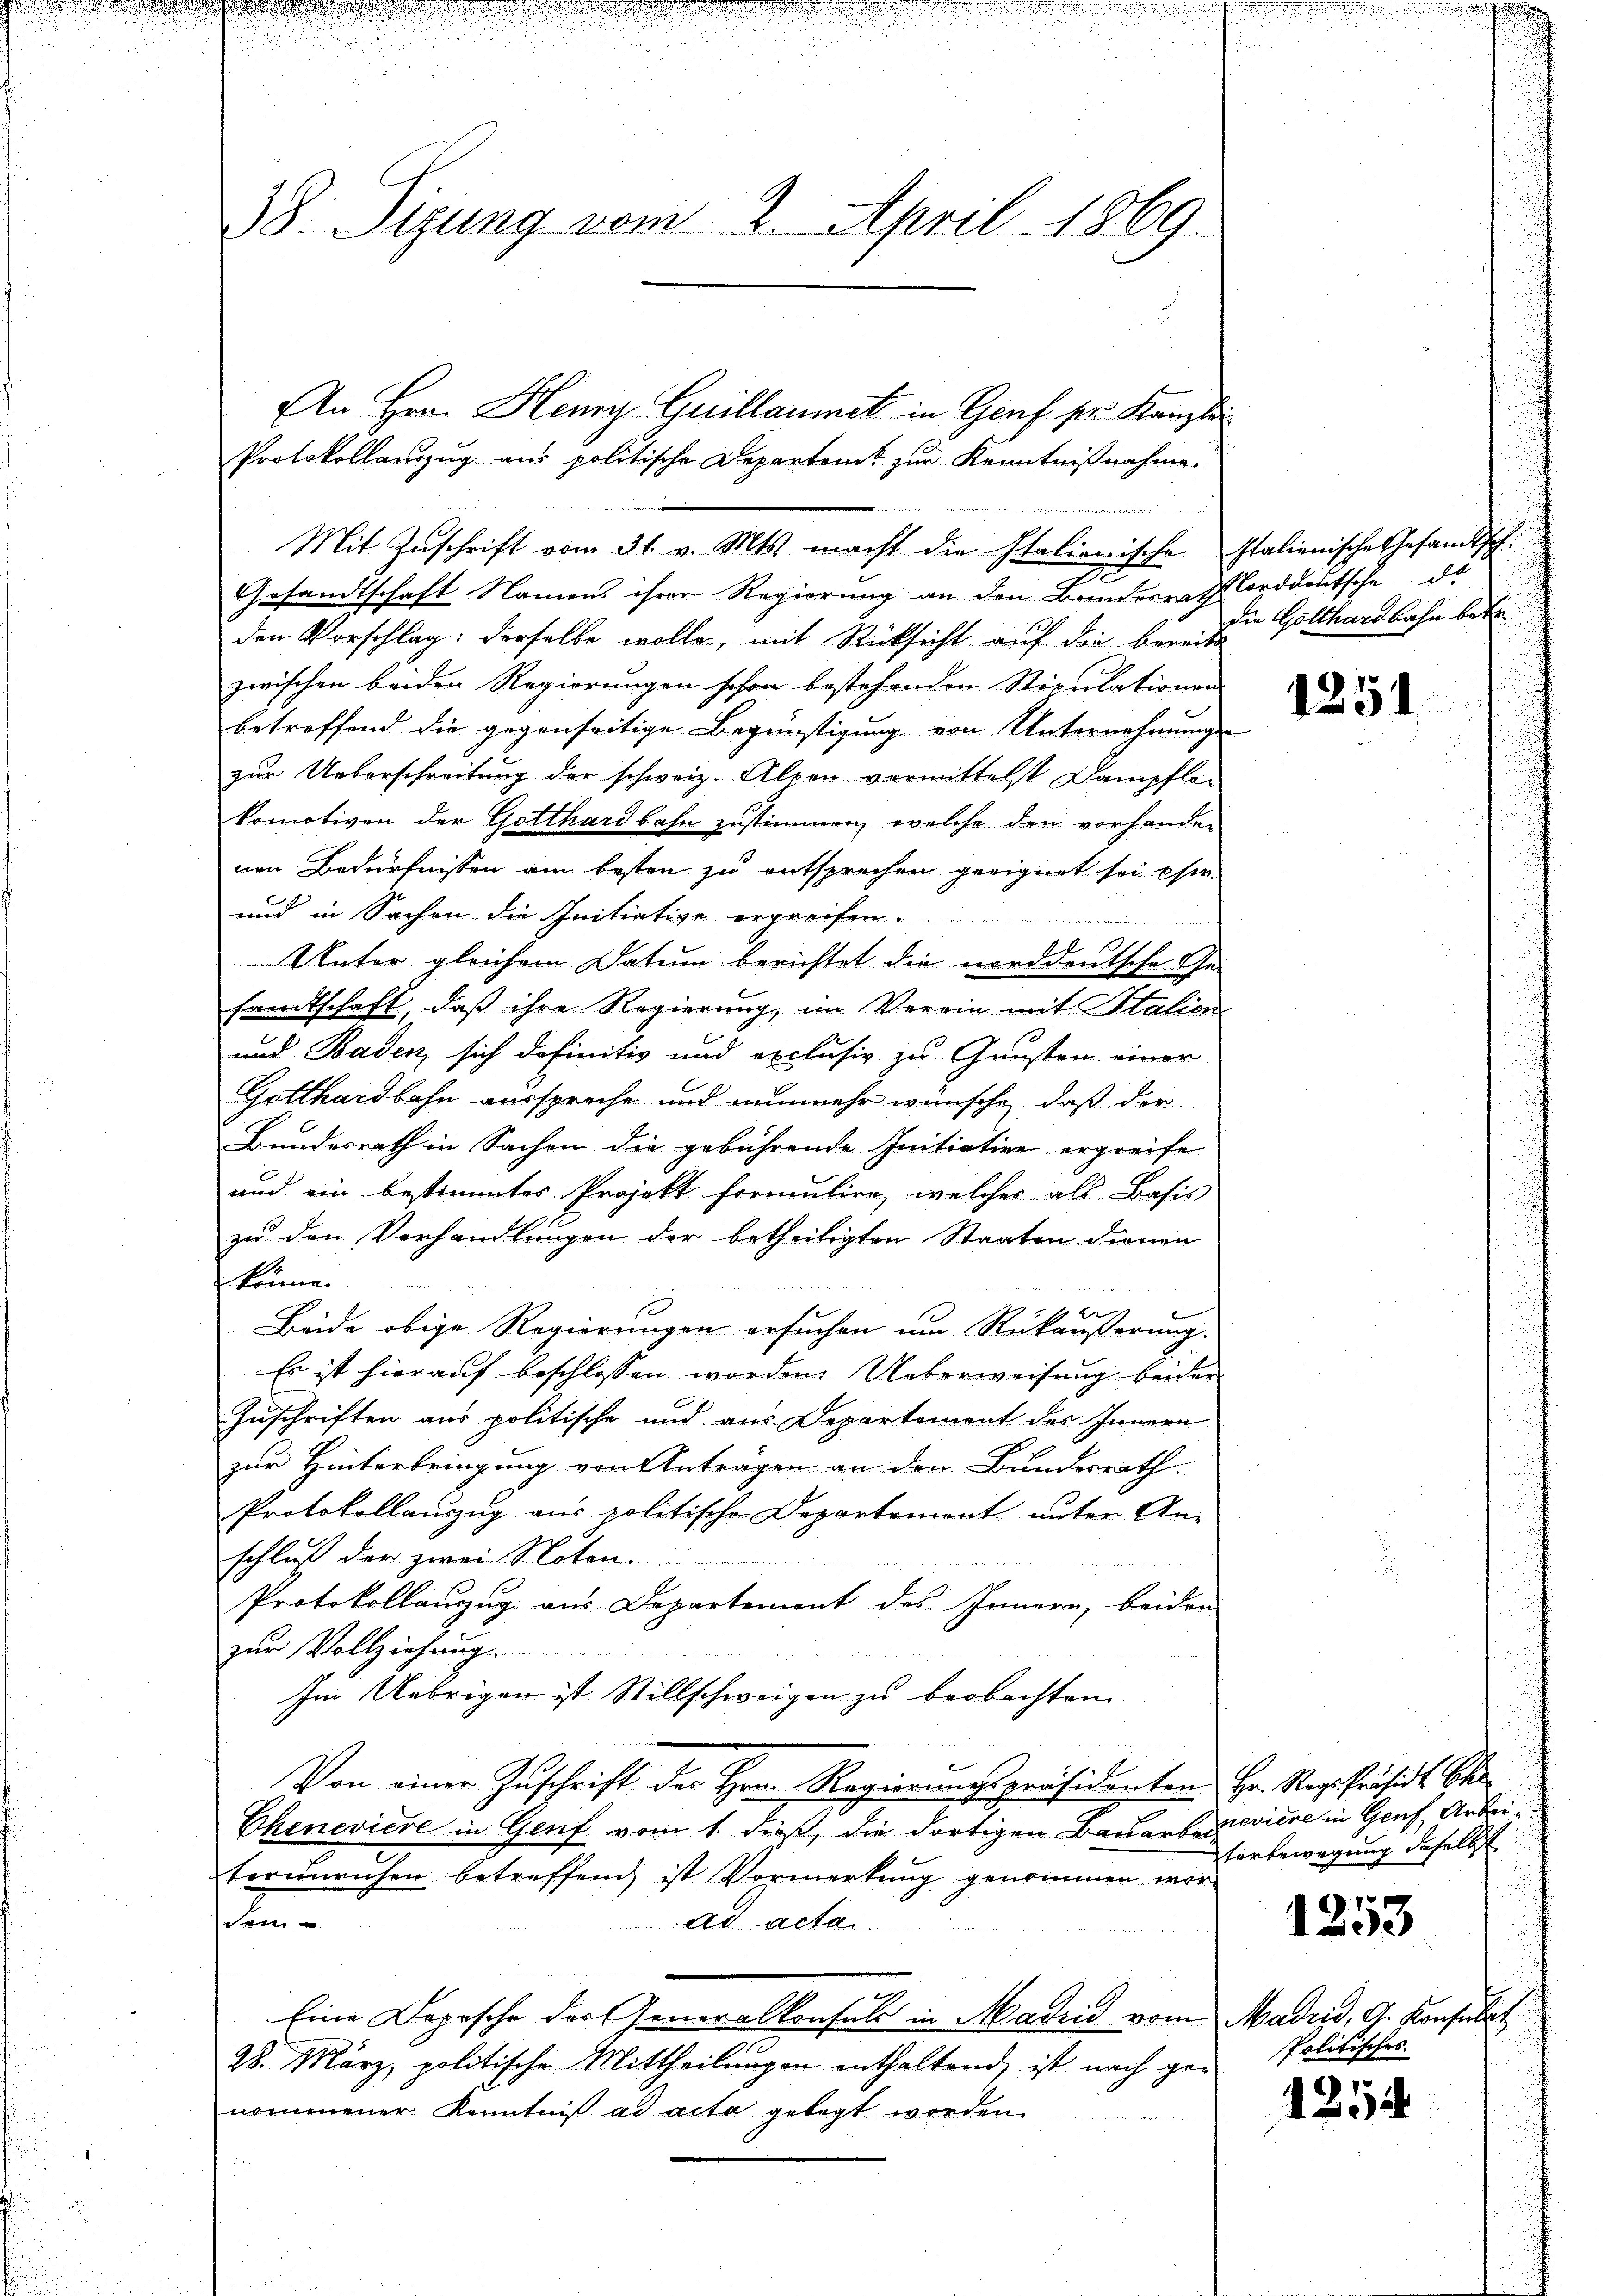
38. Sizung vom 2. April 1869.

Protokollauszug aus politische Departen zur Kenntnißnahme.
Mit Zuschrift vom 31. v. Mts. macht die Italionische
.
Gesandtschaft Namens ihrer Regierung an den Bundesrath
den Vorschlag: derselbe wolle, mit Rücksicht auf die bereit
zwischen beiden Regierungen schon bestehenden Stipulationen
betreffend die gegenseitige Begünstigung von Unternehmung
zur Ueberschreitung der schweiz. Alpen vormittelst Dampfle-
komotiven der Gotthardbahn zustimmen, welche den vorhander-
nen Bedürfnissen am besten zu entsprechen geeignet sei eser
und in Sachen die Initiative ergreif
Unter gleichem Datum berichtet die norddeutschen Ge-
sandtschaft, daß ihre Regierung, im Verein mit Italien
und Baden, sich definitiv und exclusiv zu Gunsten einer
Gotthardbahn ausspreche und nunmehr wünsche, daß der
Bundesrath in Sachen die gebührende Initiation ergreife
und ein bestimmtes Projekt formulire, welches als Basis
zu den Vorhandlungen der betheiligten Staaten dienen
könne.
2
Beide obige Regierungen ersuchen um Rückäußerung.
Es ist hierauf beschlossen worden. Ueberweisung beider
Zuschriften aus politische und aus Departement des Innern
zur Hinterbringung von Anträgen an den Bundesrath.
Protokollauszug aus politische Departement unter An-
schluß der zwei Noten.
Protokollanzug aus Departement des Innern, beiden
zur Vollziehung.

Im Uebrigen ist Stillschweigen zu beobachten
b
Von einer Zuschrift der Hrrn. Regierungspräsidenten Hr. Reg. Präsidt Ober
Chenevière in Genf vom 1. dieß, die dortigen Bauarbenevière in Genf, Arbeiterunruhen betreffend ist Vormerkung genommen worschein
ad acta
d
Eine Depesche des Generalkonsuls in Madrid vom
28. März, politische Mittheilungen enthaltend, ist nach genommener Kenntniß ad acta gelegt worden.

Ain Hrn. Henry Guillaumet in Genf ser Kanzle

Italienische Gesamtsch.
Norddeutsche de
die Gotthardbahn betr.

1251

terbewegung daselbst

1253

Madrid, G. Konsulat
Politisches

1
120